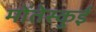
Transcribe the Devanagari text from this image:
मोंतेस्कुई